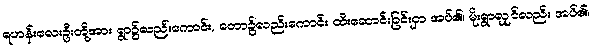
ရဟန်းလေးဦးတို့အား ရွာ၌လည်းကောင်း, တော၌လည်းကောင်း ထီးဆောင်းခြင်းငှာ အပ်၏၊ မိုးရွာလျှင်လည်း အပ်၏၊